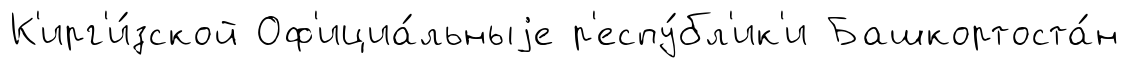
К'ирг'и́зской Оф'ициа́льныjе р'еспу́бл'ик'и Башкортоста́н